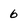
Character: 6